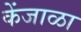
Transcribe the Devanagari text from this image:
केंजाळा